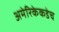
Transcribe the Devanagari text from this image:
अमेरिकेकडेच